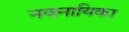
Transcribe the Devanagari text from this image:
नवनायिका